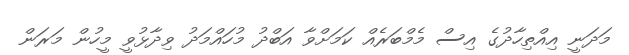
މަދަނީ އިއްތިހާދުގެ އިސް މެމްބަރެއް ކަމަށްވާ އަބްދު މުހައްމަދު ވިދާޅުވީ މީހުން މަރަން